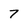
Character: 7